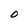
Character: O